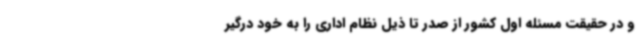
و در حقیقت مسئله اول کشور از صدر تا ذیل نظام اداری را به خود درگیر